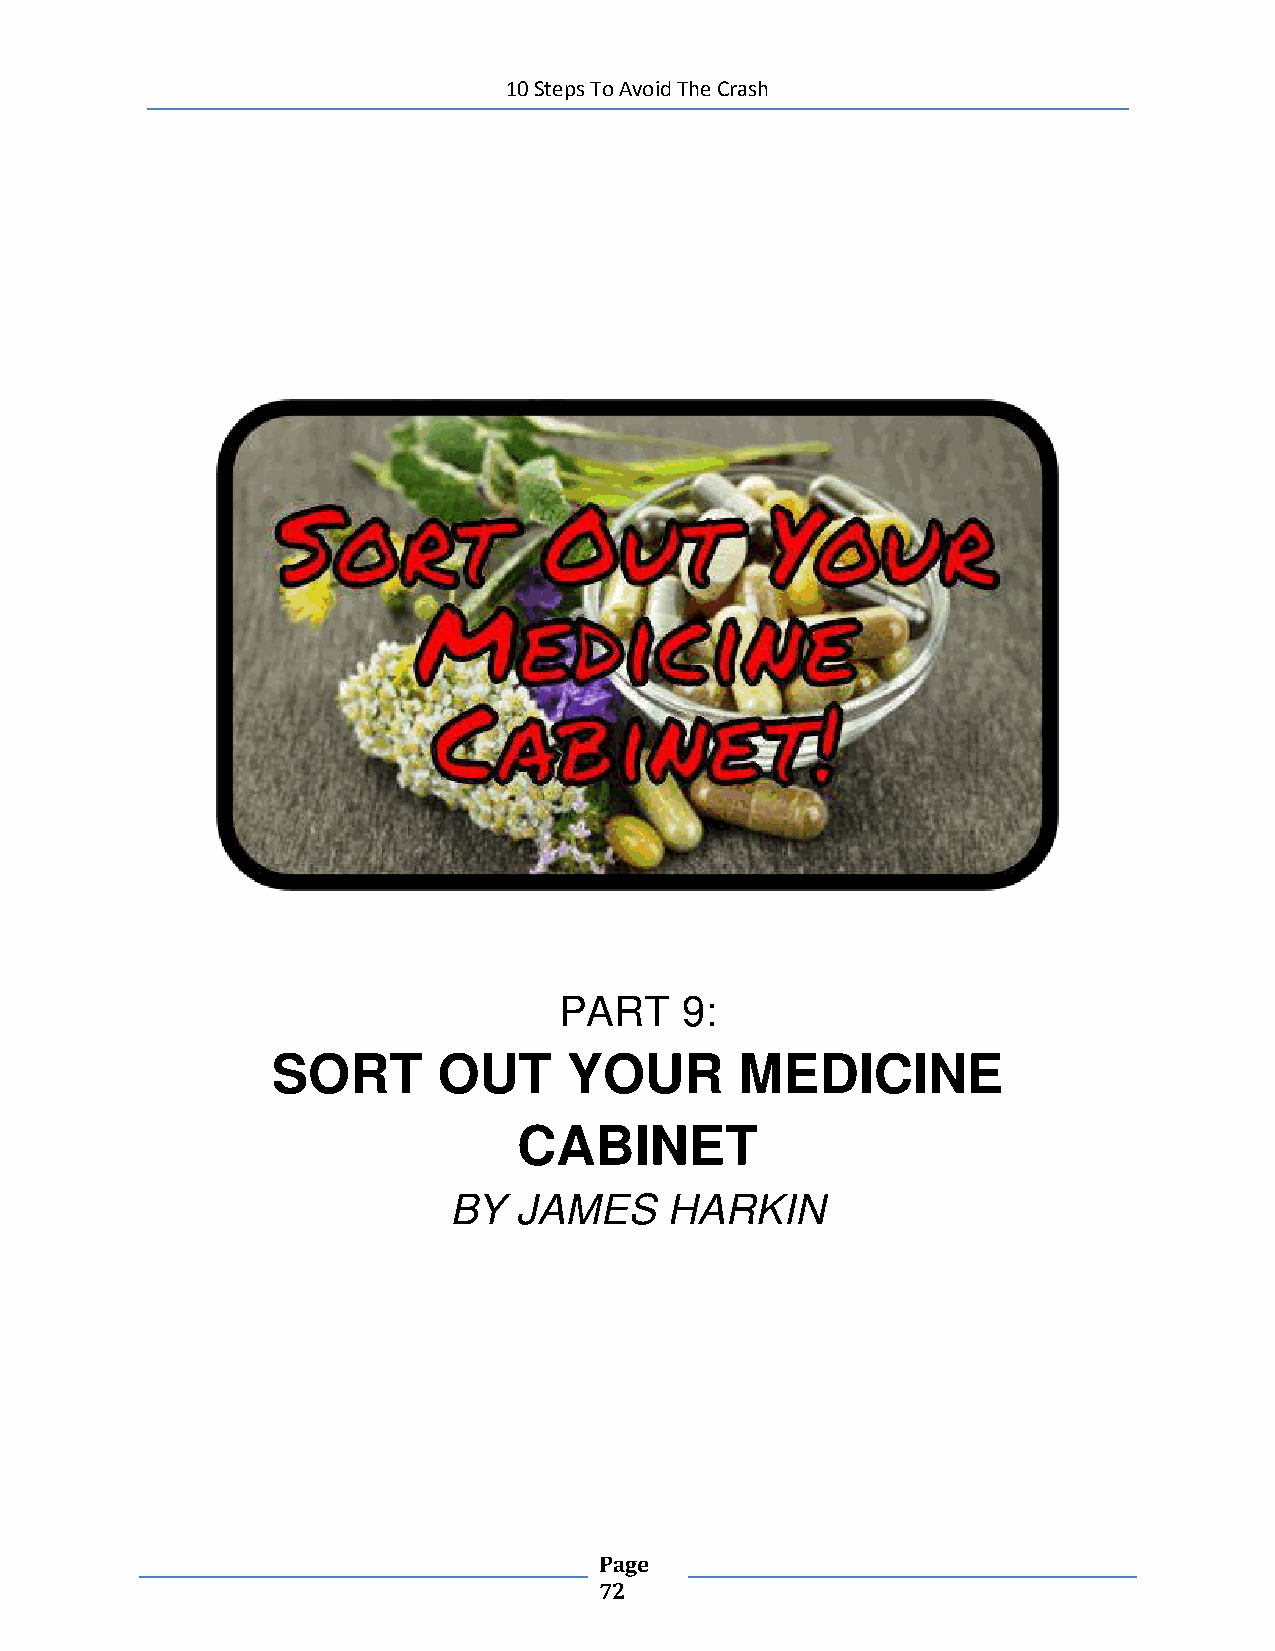
10 Steps To Avoid The Crash
 PART    9:
 SORT       OUT      YOUR       MEDICINE
 CABINET
 BY  JAMES     HARKIN
 Page
 72